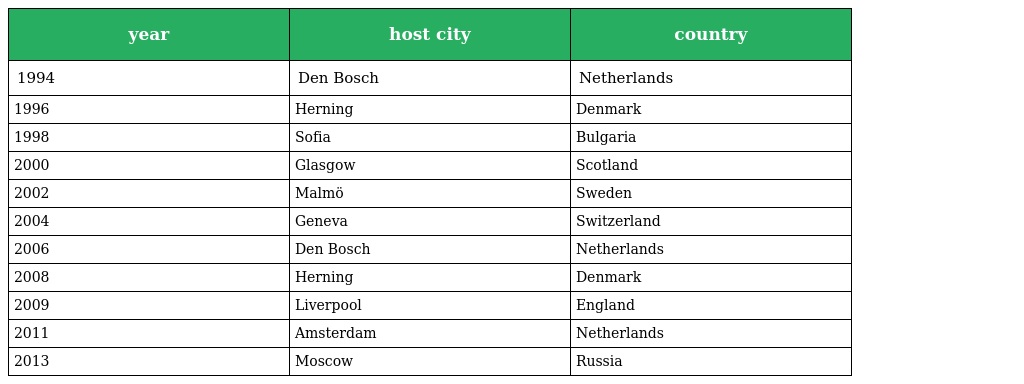
| year | host city | country |
 | --- | --- | --- |
 | 1994 | Den Bosch | Netherlands |
 | 1996 | Herning | Denmark |
 | 1998 | Sofia | Bulgaria |
 | 2000 | Glasgow | Scotland |
 | 2002 | Malmö | Sweden |
 | 2004 | Geneva | Switzerland |
 | 2006 | Den Bosch | Netherlands |
 | 2008 | Herning | Denmark |
 | 2009 | Liverpool | England |
 | 2011 | Amsterdam | Netherlands |
 | 2013 | Moscow | Russia |